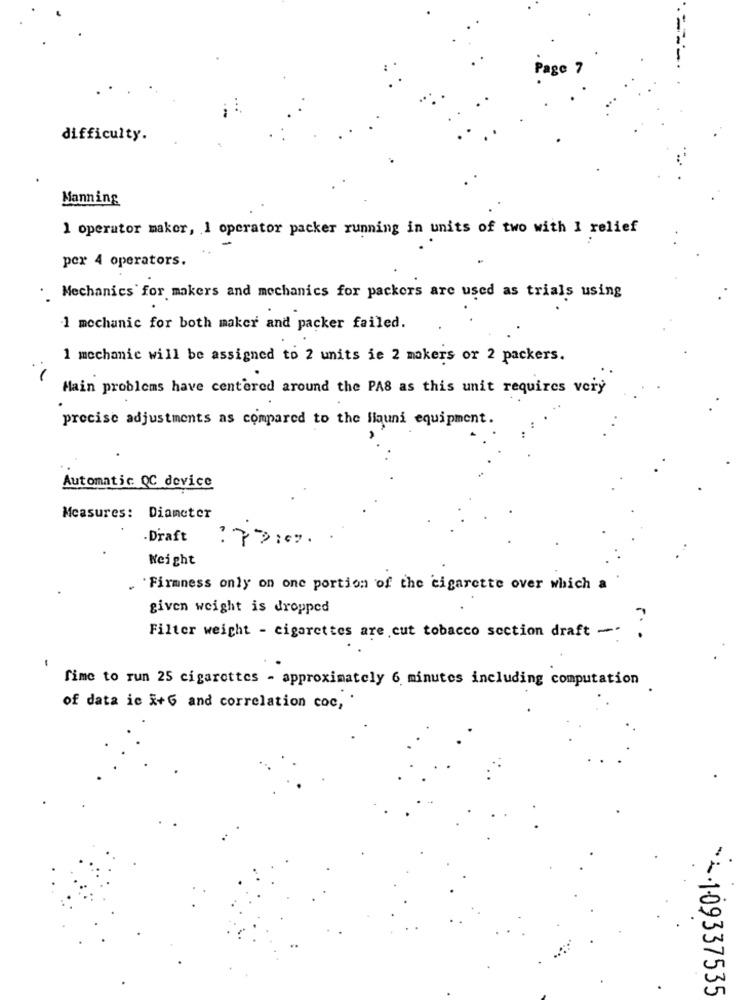
difficulty.
Manning
1 operator maker, I operator packer running in units of two with I relief
..
per 4 operators.
.. Mechanics for makers and mechanics for packers are used as trials using
1 mechanic for both maker and packer failed.
1 mechanic will be assigned to 2 units ie 2 makers or 2 packers.
Main problems have centered around the PAS as this unit requires very
precise adjustments as compared to the liauni equipment.
Automatic QC device
Measures: Diameter
-Draft
Weight
. Firmness only on one portion of the cigarette over which a
given weight is dropped
Filter weight - cigarettes are cut tobacco section draft - .
Time to run 25 cigarettes - approximately 6 minutes including computation
of data ic X+6 and correlation coc,
·A·109337535